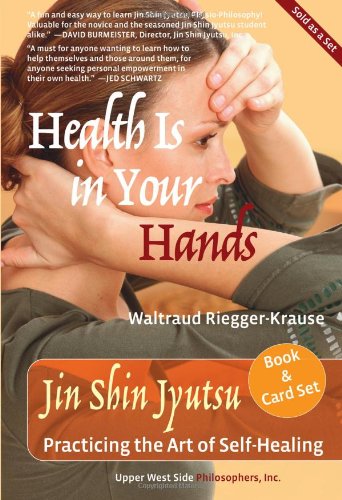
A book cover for Health Is in Your Hands: Jin Shin Jyutsu - Practicing the Art of Self-Healing (with 51 Flash Cards for the Hands-on Practice of Jin Shin Jyutsu) (2014 Next Generation Indie Book Award Finalist); Waltraud Riegger-Krause; Health, Fitness & Dieting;